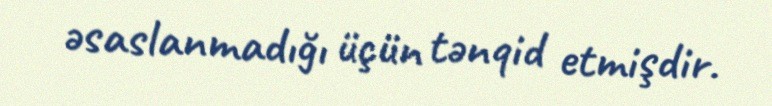
əsaslanmadığı üçün tənqid etmişdir.